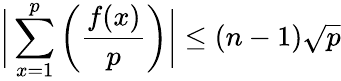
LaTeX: {\biggl|}\sum_{x=1}^{p}\left({\frac{f(x)}{p}}\right){\biggr|}\leq(n-1){\sqrt{p}}